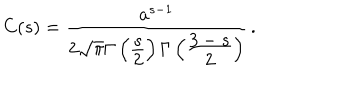
C ( s ) = \frac { a ^ { s - 1 } } { 2 \sqrt { \pi } \Gamma \left( \frac { \displaystyle s } { \displaystyle 2 } \right) \Gamma \left( \frac { \displaystyle 3 - s } { \displaystyle 2 } \right) } \, { . }